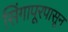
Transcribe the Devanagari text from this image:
सिंगापूरपासून